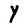
Character: Y